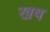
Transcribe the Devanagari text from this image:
खष